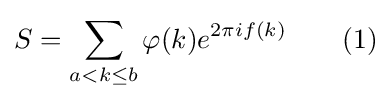
S=\sum _{a<k\leq b}\varphi (k)e^{2\pi if(k)}\qquad (1)